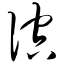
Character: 倥